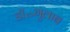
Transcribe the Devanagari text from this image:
डॉ॰गुलाब